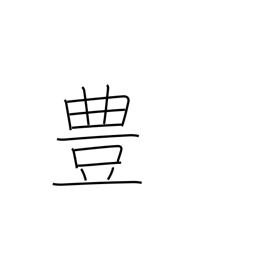
Meaning: rich